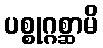
ပစ္စုဂ္ဂစ္ဆာမိ